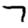
Digit: 7